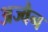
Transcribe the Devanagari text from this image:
अज्वैन